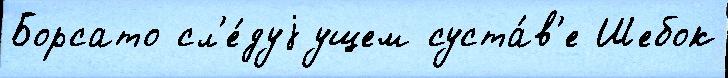
Борсато сл'е́дуjущем суста́в'е Шебок